Civil Veterinary Department Bengal reports 1933-51 - 1933-1951
Year: 1933
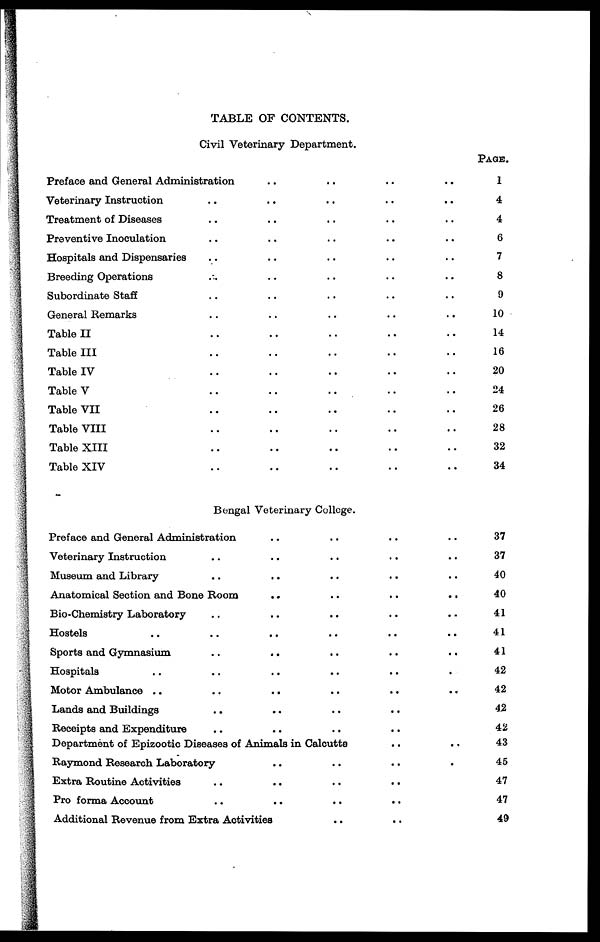
TABLE OF CONTENTS.
Civil Veterinary Department.
Preface and General Administration .. .. .. ..
Veterinary Instruction .. .. .. .. ..
Treatment of Diseases .. .. .. .. ..
Preventive Inoculation .. .. .. .. ..
Hospitals and Dispensaries .. .. .. .. ..
Breeding Operations .. .. .. .. ..
Subordinate Staff .. .. .. .. ..
General Remarks .. .. .. .. ..
Table II .. .. .. .. ..
Table III .. .. .. .. ..
Table IV .. .. .. .. ..
Table V .. .. .. .. ..
Table VII .. .. .. .. ..
Table VIII .. .. .. .. ..
Table XIII .. .. .. .. ..
Table XIV .. .. .. .. ..
PAGE.
1
4
4
6
7
8
9
10
14
16
20
24
26
28
32
34
Bengal Veterinary College.
Preface and General Administration .. .. .. ..
Veterinary Instruction .. .. .. .. ..
Museum and Library .. .. .. .. ..
Anatomical Section and Bone Room
..
..
..
..
Bio-Chemistry Laboratory .. .. .. .. ..
Hostels .. .. .. .. .. ..
Sports and Gymnasium
..
..
..
..
..
Hospitals .. .. .. .. .. ..
Motor Ambulance
..
..
..
..
..
..
Lands and Buildings .. .. .. .. ..
Receipts and Expenditure .. .. .. ..
Department of Epizootic Diseases of Animals in Calcutta .. ..
Raymond Research Laboratory .. .. .. .
Extra Routine Activities .. .. .. ..
Pro forma Account .. .. .. ..
Additional Revenue from Extra Activities .. ..
37
37
40
40
41
41
41
42
42
42
42
43
45
47
47
49